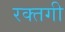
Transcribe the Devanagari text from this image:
रक्तगी